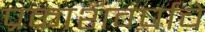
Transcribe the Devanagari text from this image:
प्रकाशवर्षांचे